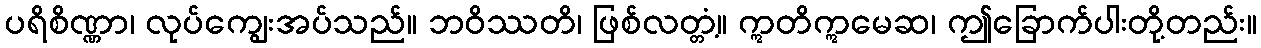
ပရိစိဏ္ဏာ၊ လုပ်ကျွေးအပ်သည်။ ဘဝိဿတိ၊ ဖြစ်လတ္တံ့။ ဣတိဣမေဆ၊ ဤခြောက်ပါးတို့တည်း။